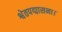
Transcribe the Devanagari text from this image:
श्वेतपद्मासना।